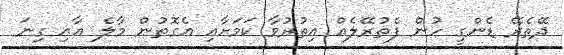
ދޭތެރޭ ޑެންގީ ހުން ފެތުރޭލެއް އިތުރުވާ ކަމަށާއި އެގޮތުން މާލެ އާއި ގިނަ